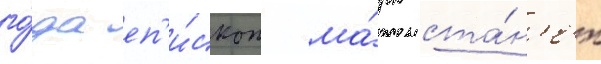
го́да еп'и́скоп ма́рк ста́н'ет